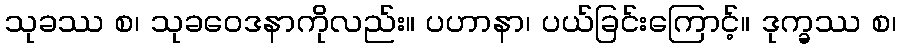
သုခဿ စ၊ သုခဝေဒနာကိုလည်း။ ပဟာနာ၊ ပယ်ခြင်းကြောင့်။ ဒုက္ခဿ စ၊